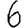
Digit: 6